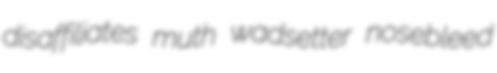
disaffiliates muth wadsetter nosebleed